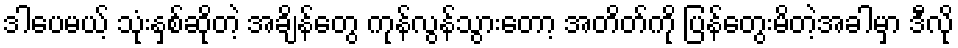
ဒါပေမယ့် သုံးနှစ်ဆိုတဲ့ အချိန်တွေ ကုန်လွန်သွားတော့ အတိတ်ကို ပြန်တွေးမိတဲ့အခါမှာ ဒီလို